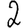
Digit: 2